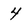
Character: 4